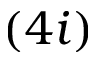
( 4 i )